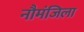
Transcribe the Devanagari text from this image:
नौमंजिला